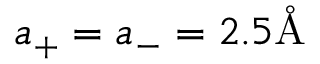
a _ { + } = a _ { - } = 2 . 5 \mathring \mathrm { A }